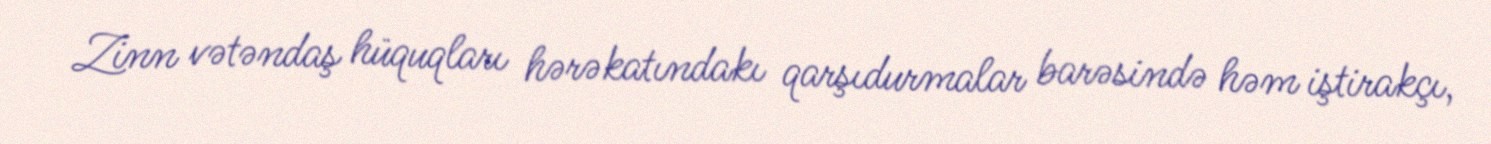
Zinn vətəndaş hüquqları hərəkatındakı qarşıdurmalar barəsində həm iştirakçı,